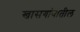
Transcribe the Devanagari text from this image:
खासगांवातील